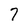
Character: 7